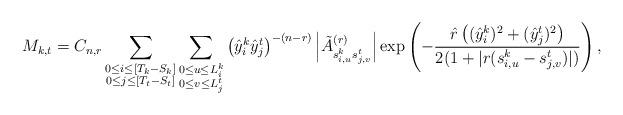
LaTeX: \begin{align*}M_{k,t} =C_{n,r}\sum_{\substack{0\le i\le [T_k-S_k]\\0\le j\le [T_t-S_t]}}\sum_{\substack{0\le u\le L_i^k\\0\le v\le L_j^t}} \left(\hat y_i^k \hat y_j^t \right)^{-(n-r)} \left|\tilde A_{s_{i,u}^k s_{j,v}^t}^{(r)}\right| \exp\left(-\frac{\hat r\left( (\hat y_i^k)^2 + (\hat y_j^t)^2\right)}{2(1+|r(s_{i,u}^k-s_{j,v}^t)|)}\right),\end{align*}